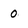
Character: 0